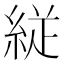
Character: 𮈕